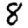
Digit: 8